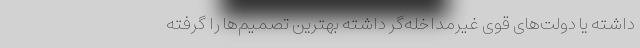
داشته یا دولت‌های قوی غیرمداخله‌گر داشته بهترین تصمیم‌ها را گرفته